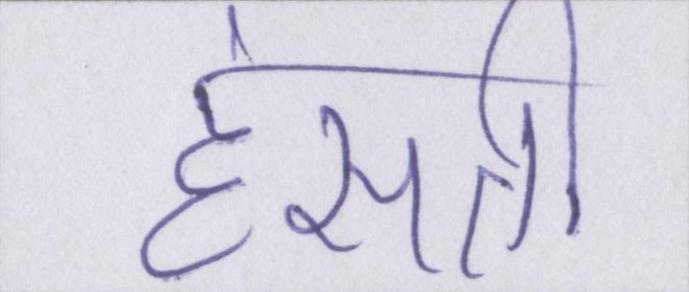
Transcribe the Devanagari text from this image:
हंसती